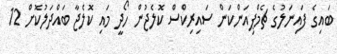
ބައިގެ ފައިނަލުގެ ޗެމްޕިއަންކަން ސައިރިކްސް ކޮލެޖުން ހޯދީ މައި ކޮލެޖާ ބައްދަލުކޮށް 12